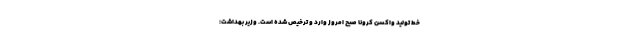
خط تولید واکسن کرونا صبح امروز وارد و ترخیص شده است. وزیر بهداشت: